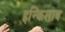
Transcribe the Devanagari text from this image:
इन्किलाब